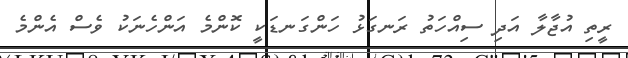
ރީތި އުޖާލާ އަދި ސިއްހަތު ރަނގަޅު ހަންގަނޑަކީ ކޮންމެ އަންހެނަކު ވެސް އެންމެ